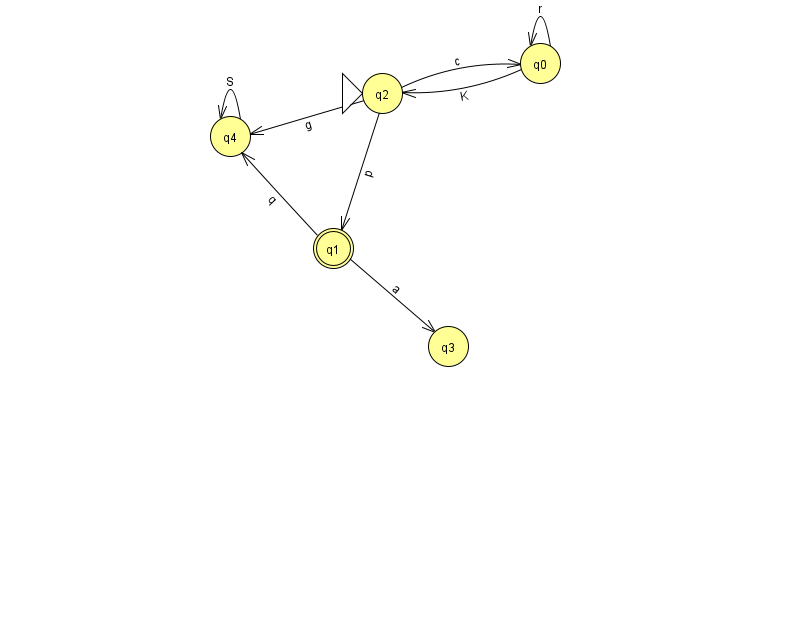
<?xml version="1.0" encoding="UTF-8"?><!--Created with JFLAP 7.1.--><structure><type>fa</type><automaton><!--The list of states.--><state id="0" name="q0"><x>540.0</x><y>50.0</y></state><state id="1" name="q1"><x>333.0</x><y>235.0</y><final/></state><state id="2" name="q2"><x>382.0</x><y>80.0</y><initial/></state><state id="3" name="q3"><x>448.0</x><y>333.0</y></state><state id="4" name="q4"><x>230.0</x><y>123.0</y></state><!--The list of transitions.--><transition><from>0</from><to>0</to><read>r</read></transition><transition><from>4</from><to>4</to><read>S</read></transition><transition><from>1</from><to>4</to><read>q</read></transition><transition><from>2</from><to>0</to><read>c</read></transition><transition><from>2</from><to>1</to><read>p</read></transition><transition><from>2</from><to>4</to><read>g</read></transition><transition><from>0</from><to>2</to><read>K</read></transition><transition><from>1</from><to>3</to><read>a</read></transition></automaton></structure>